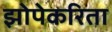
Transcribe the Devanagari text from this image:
झोपेकरिता